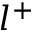
l ^ { + }